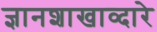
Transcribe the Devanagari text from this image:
ज्ञानशाखाव्दारे